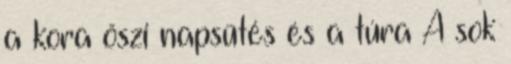
a kora őszi napsütés és a túra A sok